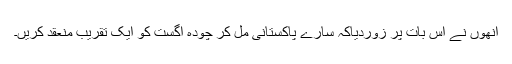
انھوں نے اس بات پر زوردیاکہ سارے پاکستانی مل کر چودہ اگست کو ایک تقریب منعقد کریں۔